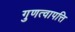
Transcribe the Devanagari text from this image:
गुणत्वापत्ति